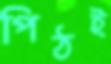
পিঠই